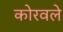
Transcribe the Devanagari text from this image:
कोरवले